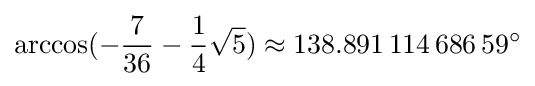
\arccos(-{\frac {7}{36}}-{\frac {1}{4}}{\sqrt {5}})\approx 138.891\,114\,686\,59^{\circ }